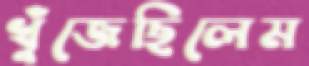
খুঁজেছিলেম